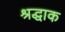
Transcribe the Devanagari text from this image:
श्रद्धाक